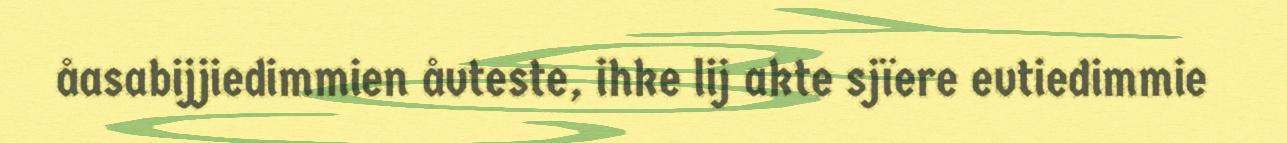
åasabijjiedimmien åvteste, ihke lij akte sjïere evtiedimmie